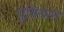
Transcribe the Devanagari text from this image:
पुत्रियान